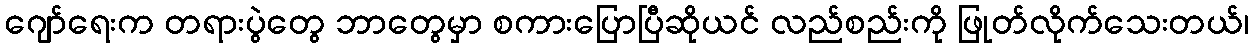
ဂျော်ရေးက တရားပွဲတွေ ဘာတွေမှာ စကားပြောပြီဆိုယင် လည်စည်းကို ဖြုတ်လိုက်သေးတယ်၊